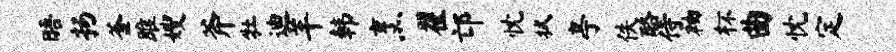
晤扬釜雎嫂斧牡迪羊韩烹翟邙忱拭亭佚酪侍袖杯曲忱定